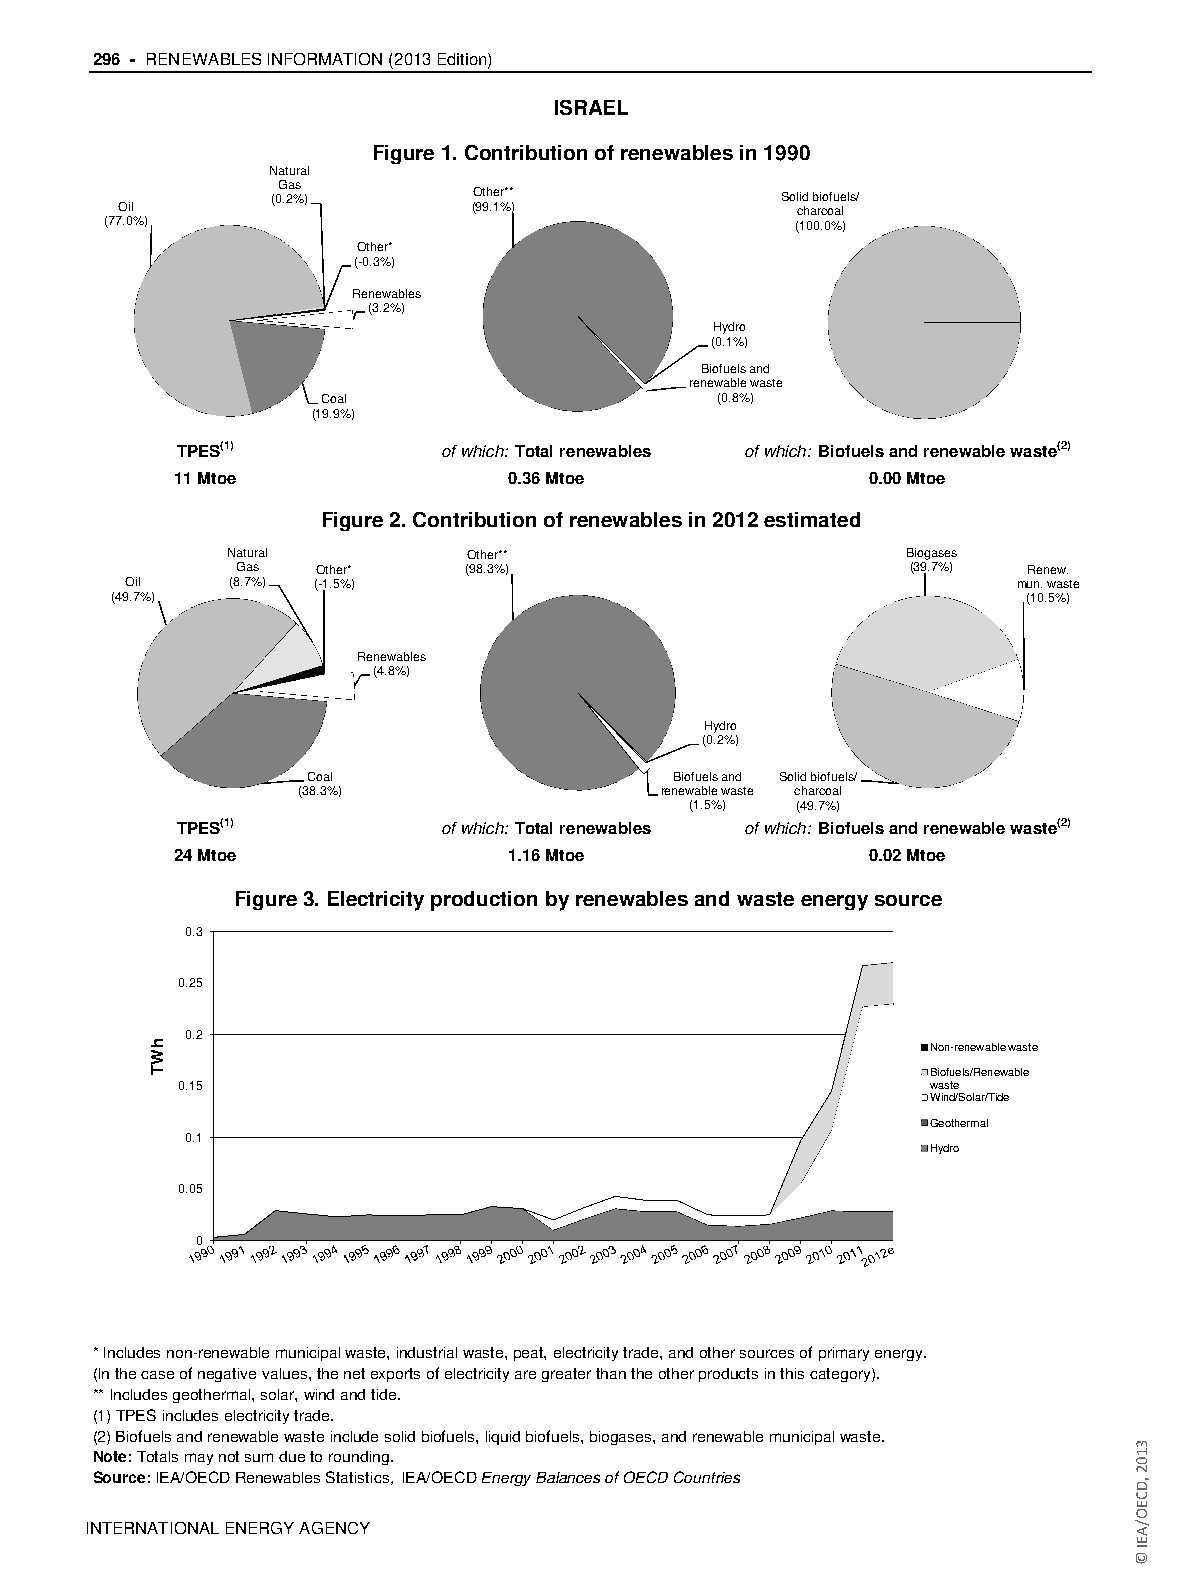
296 - RENEWABLES INFORMATION (2013 Edition)
 ISRAEL
 Figure 1. Contribution of renewables in 1990
 Natural
 Gas
 (0.2%)       Other**              Solid biofuels/
 Oil                    (99.1%)               charcoal
 (77.0%)                                       (100.0%)
 Other*
 (-0.3%)
 Renewables
 (3.2%)
 Hydro
 (0.1%)
 Biofuels and
 renewable waste
 Coal                      (0.8%)
 (19.9%)
 TPES(1)          of which: Total renewables of which: Biofuels and renewable waste(2)
 11 Mtoe                0.36 Mtoe              0.00 Mtoe
 Figure 2. Contribution of renewables in 2012 estimated
 Natural         Other**                      Biogases
 Gas  Other*    (98.3%)                      (39.7%) Renew.
 Oil    (8.7%) (-1.5%)                                      mun. waste
 (49.7%)                                                      (10.5%)
 Renewables
 (4.8%)
 Hydro
 (0.2%)
 Coal                    Biofuels and Solid biofuels/
 (38.3%)                 renewable waste charcoal
 (1.5%) (49.7%)
 TPES(1)          of which: Total renewables of which: Biofuels and renewable waste(2)
 24 Mtoe                1.16 Mtoe              0.02 Mtoe
 Figure 3. Electricity production by renewables and waste energy source
 0.3
 0.25
 0.2
 Non-renewable waste
 Biofuels/Renewable
 0.15                                             waste
 Wind/Solar/Tide
 Geothermal
 0.1
 Hydro
 0.05
 0
 * Includes non-renewable municipal waste, industrial waste, peat, electricity trade, and other sources of primary energy.
 (In the case of negative values, the net exports of electricity are greater than the other products in this category).
 ** Includes geothermal, solar, wind and tide.
 (1) TPES includes electricity trade.
 (2) Biofuels and renewable waste include solid biofuels, liquid biofuels, biogases, and renewable municipal waste.
 Note: Totals may not sum due to rounding.
 Source: IEA/OECD Renewables Statistics, IEA/OECD Energy Balances of OECD Countries
 IINNTTEERRNNAATTIIOONNAALL EENNEERRGGYY AAGGEENNCCYY
 hWT
 3102
 ,DCEO/AEI
 ©